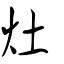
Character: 灶